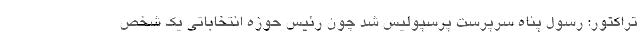
تراکتور: رسول پناه سرپرست پرسپولیس شد چون رئیس حوزه انتخاباتی یک شخص